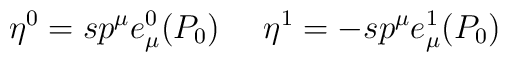
\eta^0=s p^\mu e_\mu^0(P_0) \ \ \ \ \eta^1=-s p^\mu e_\mu^1(P_0)